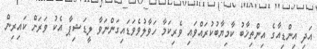
އަދި އިންޑިއާގެ އިންތިޚާބު ކާމިޔާބުކުރައްވައި ވެރިކަމާ ހަވާލުވެވަޑައިގަންނަވާ ލީޑަޝިޕާ އެކު ވަރަށް ކައިރިން